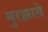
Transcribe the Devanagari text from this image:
मुरझाते